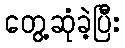
တွေ့ဆုံခဲ့ပြီး